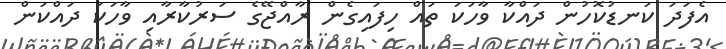
އެފަދަ ކަނޑުކޮހުން ދައްކާ ވާހަކަ ތައް ހިފައިގެން ރާއްޖޭގެ ސަރުކާރާއި ވާހަކަ ދައްކަން